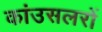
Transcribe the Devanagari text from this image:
कांउसलरों